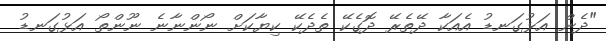
"ދެން އަޅުގަނޑު އެއަކާ ދޭތެރޭ ދޮގެކޭ ތެދެކޭ ކިޔާކަށް ނޯންނާނެ ނޫންތޯ އަޅުގަނޑު